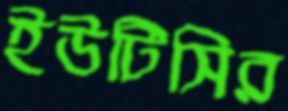
ইউটিসির